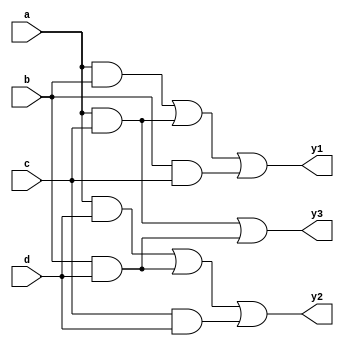
module combinational_logic (
    input wire a, b, c, d,
    output wire y1, y2, y3
);

// Intermediate signals for common logic sharing
wire ab, ac, ad, bc, bd, cd;

// Common logic paths (shared terms)
assign ab = a & b; // Common term for y1 and y2
assign ac = a & c; // Common term for y3
assign ad = a & d; // Common term for y2
assign bc = b & c; // Common term for y1
assign bd = b & d; // Common term for y3
assign cd = c & d; // Common term for y2

// Output logic using shared terms
assign y1 = ab | ac | bc; // y1 = (a & b) | (a & c) | (b & c)
assign y2 = ad | bd | cd; // y2 = (a & d) | (b & d) | (c & d)
assign y3 = ac | bd;      // y3 = (a & c) | (b & d)

// Priority encoding example (if needed)
reg [1:0] priority_out;
always @(*) begin
    if (y1) priority_out = 2'b00; // y1 has the highest priority
    else if (y2) priority_out = 2'b01; // y2 has the second priority
    else if (y3) priority_out = 2'b10; // y3 has the lowest priority
    else priority_out = 2'b11; // No output active
end

endmodule